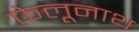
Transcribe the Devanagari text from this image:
फेलूनाथ